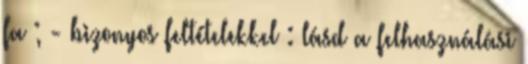
fa ; - bizonyos feltételekkel : lásd a felhasználási